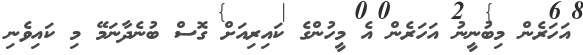
އަހަރެން މިބުނީނު އަހަރެން އެ މީހުންގެ ކައިރިއަށް ގޮސް ބުނެދާނަމޭ މި ކައިވެނި